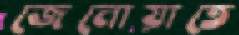
জেনোয়াতে